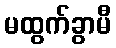
မထွက်ခွာမီ